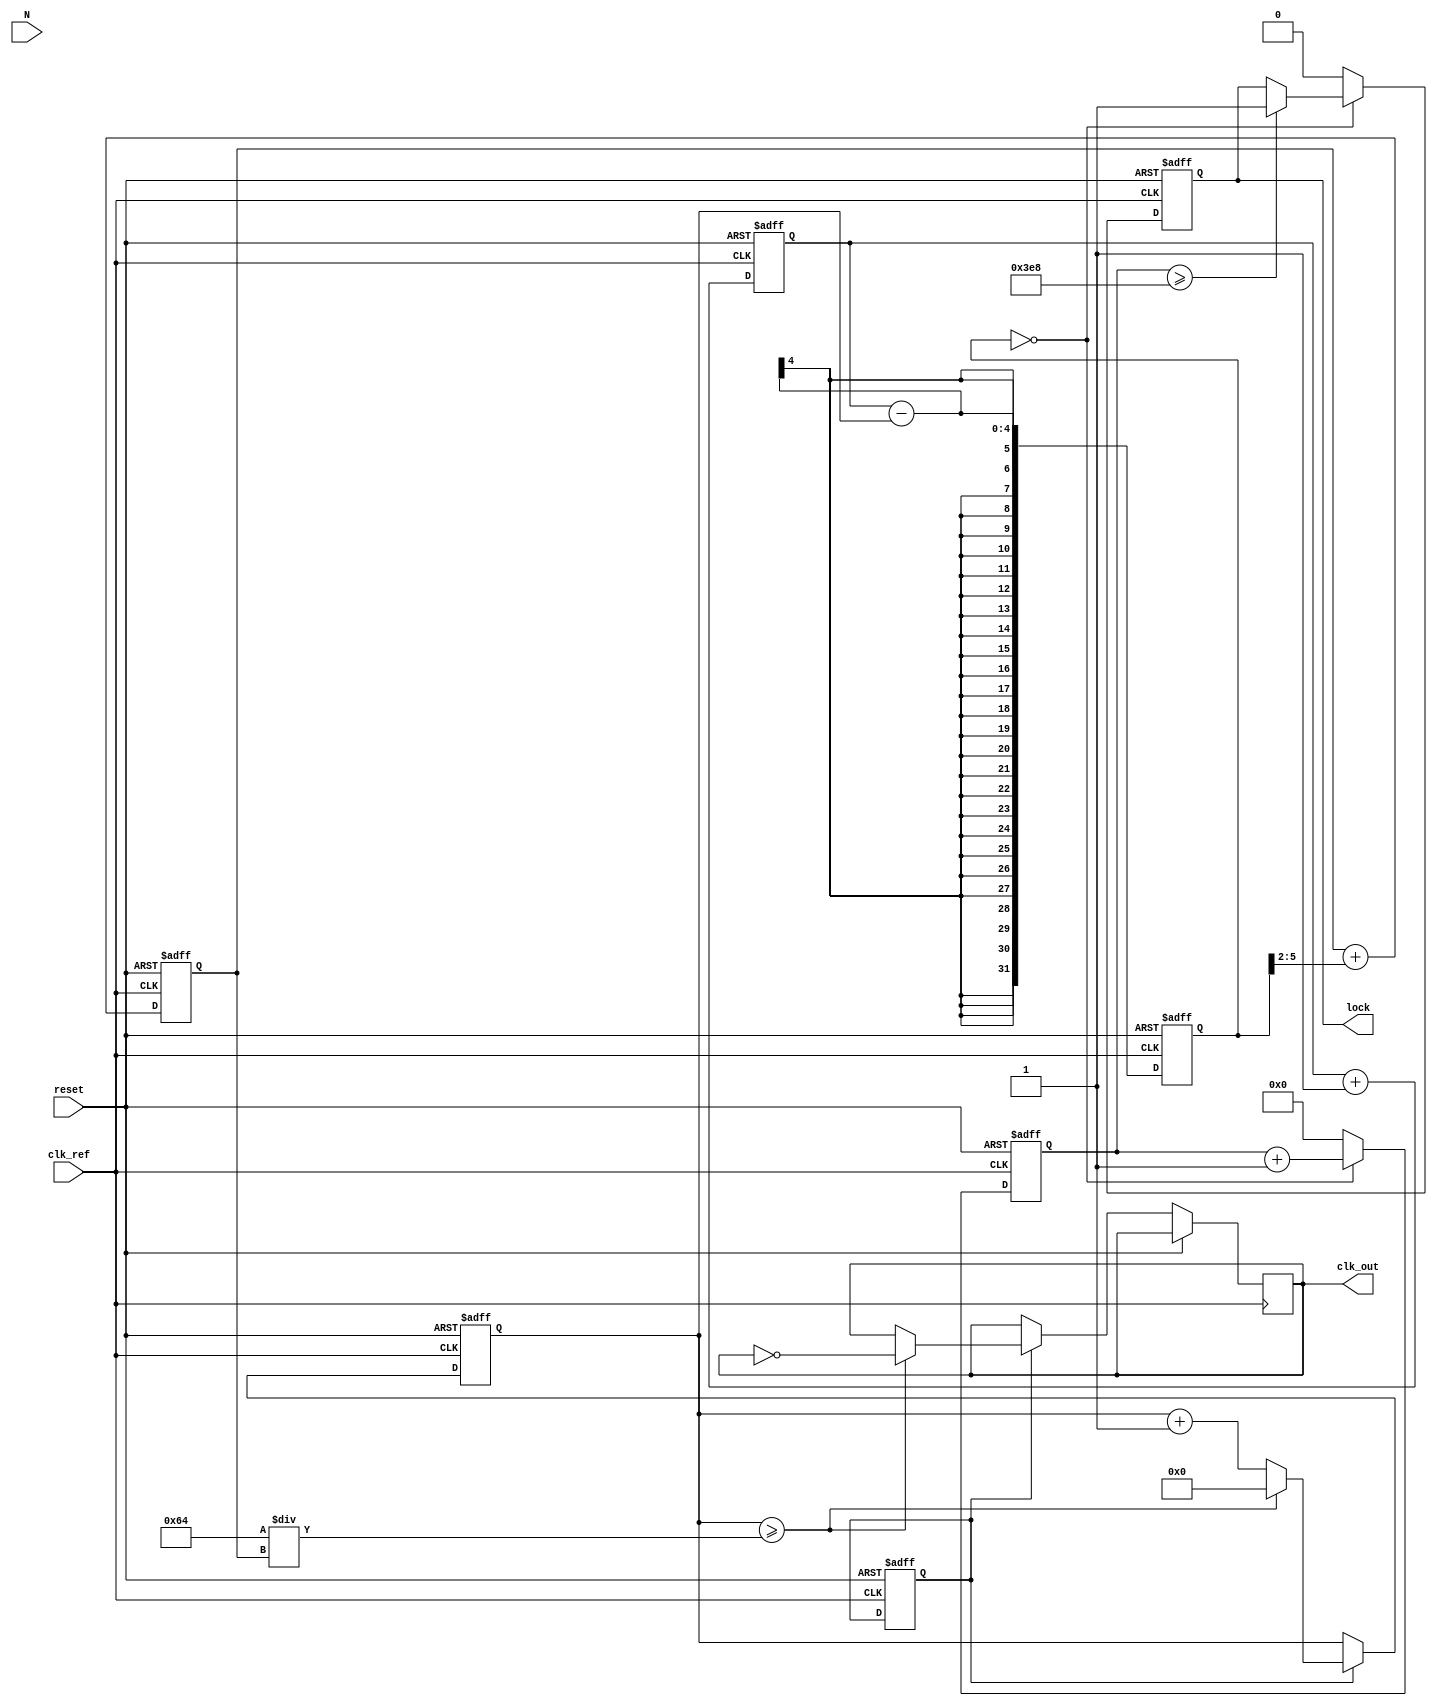
module integer_n_pll (
    input wire clk_ref,          // Reference clock input
    input wire reset,            // Asynchronous reset
    input wire [N-1:0] N,        // Division factor for input clock
    output wire clk_out,         // Output clock
    output wire lock             // Lock indicator
);
    parameter N = 4;             // Default division factor (can be parameterized)
    parameter CLK_FREQ = 100;    // Reference clock frequency in MHz
    parameter VCO_MAX_FREQ = 400; // Maximum VCO frequency in MHz
    parameter VCO_MIN_FREQ = 50;  // Minimum VCO frequency in MHz
    parameter LOCK_TIME = 1000;   // Lock time in clock cycles

    reg [N-1:0] count_ref;       // Reference clock counter
    reg [N-1:0] count_vco;       // VCO clock counter
    reg vco_enable;               // VCO enable signal
    reg [N-1:0] vco_div;          // VCO division factor
    reg [31:0] phase_error;       // Phase error signal
    reg [31:0] lock_counter;       // Lock counter
    reg locked;                   // Lock state

    // Phase Detector (PD)
    always @(posedge clk_ref or posedge reset) begin
        if (reset) begin
            count_ref <= 0;
            phase_error <= 0;
        end else begin
            count_ref <= count_ref + 1;
            // Simple phase error calculation (for demonstration)
            phase_error <= count_ref - count_vco;
        end
    end

    // Loop Filter (LF)
    always @(posedge clk_ref or posedge reset) begin
        if (reset) begin
            vco_div <= 0;
        end else begin
            // Simple low-pass filter (for demonstration)
            vco_div <= vco_div + (phase_error >> 2); // Example filtering
        end
    end

    // Voltage-Controlled Oscillator (VCO)
    always @(posedge clk_ref or posedge reset) begin
        if (reset) begin
            count_vco <= 0;
            vco_enable <= 1'b0;
        end else if (vco_enable) begin
            count_vco <= count_vco + 1;
            // Generate output clock based on VCO division factor
            if (count_vco >= (CLK_FREQ / vco_div)) begin
                clk_out <= ~clk_out; // Toggle output clock
                count_vco <= 0;
            end
        end
    end

    // Lock Detection Logic
    always @(posedge clk_ref or posedge reset) begin
        if (reset) begin
            lock_counter <= 0;
            locked <= 1'b0;
        end else if (phase_error == 0) begin
            lock_counter <= lock_counter + 1;
            if (lock_counter >= LOCK_TIME) begin
                locked <= 1'b1; // PLL is locked
            end
        end else begin
            lock_counter <= 0; // Reset lock counter if phase error is not zero
            locked <= 1'b0;
        end
    end

    assign lock = locked;

endmodule